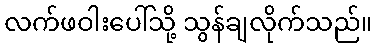
လက်ဖဝါးပေါ်သို့ သွန်ချလိုက်သည်။